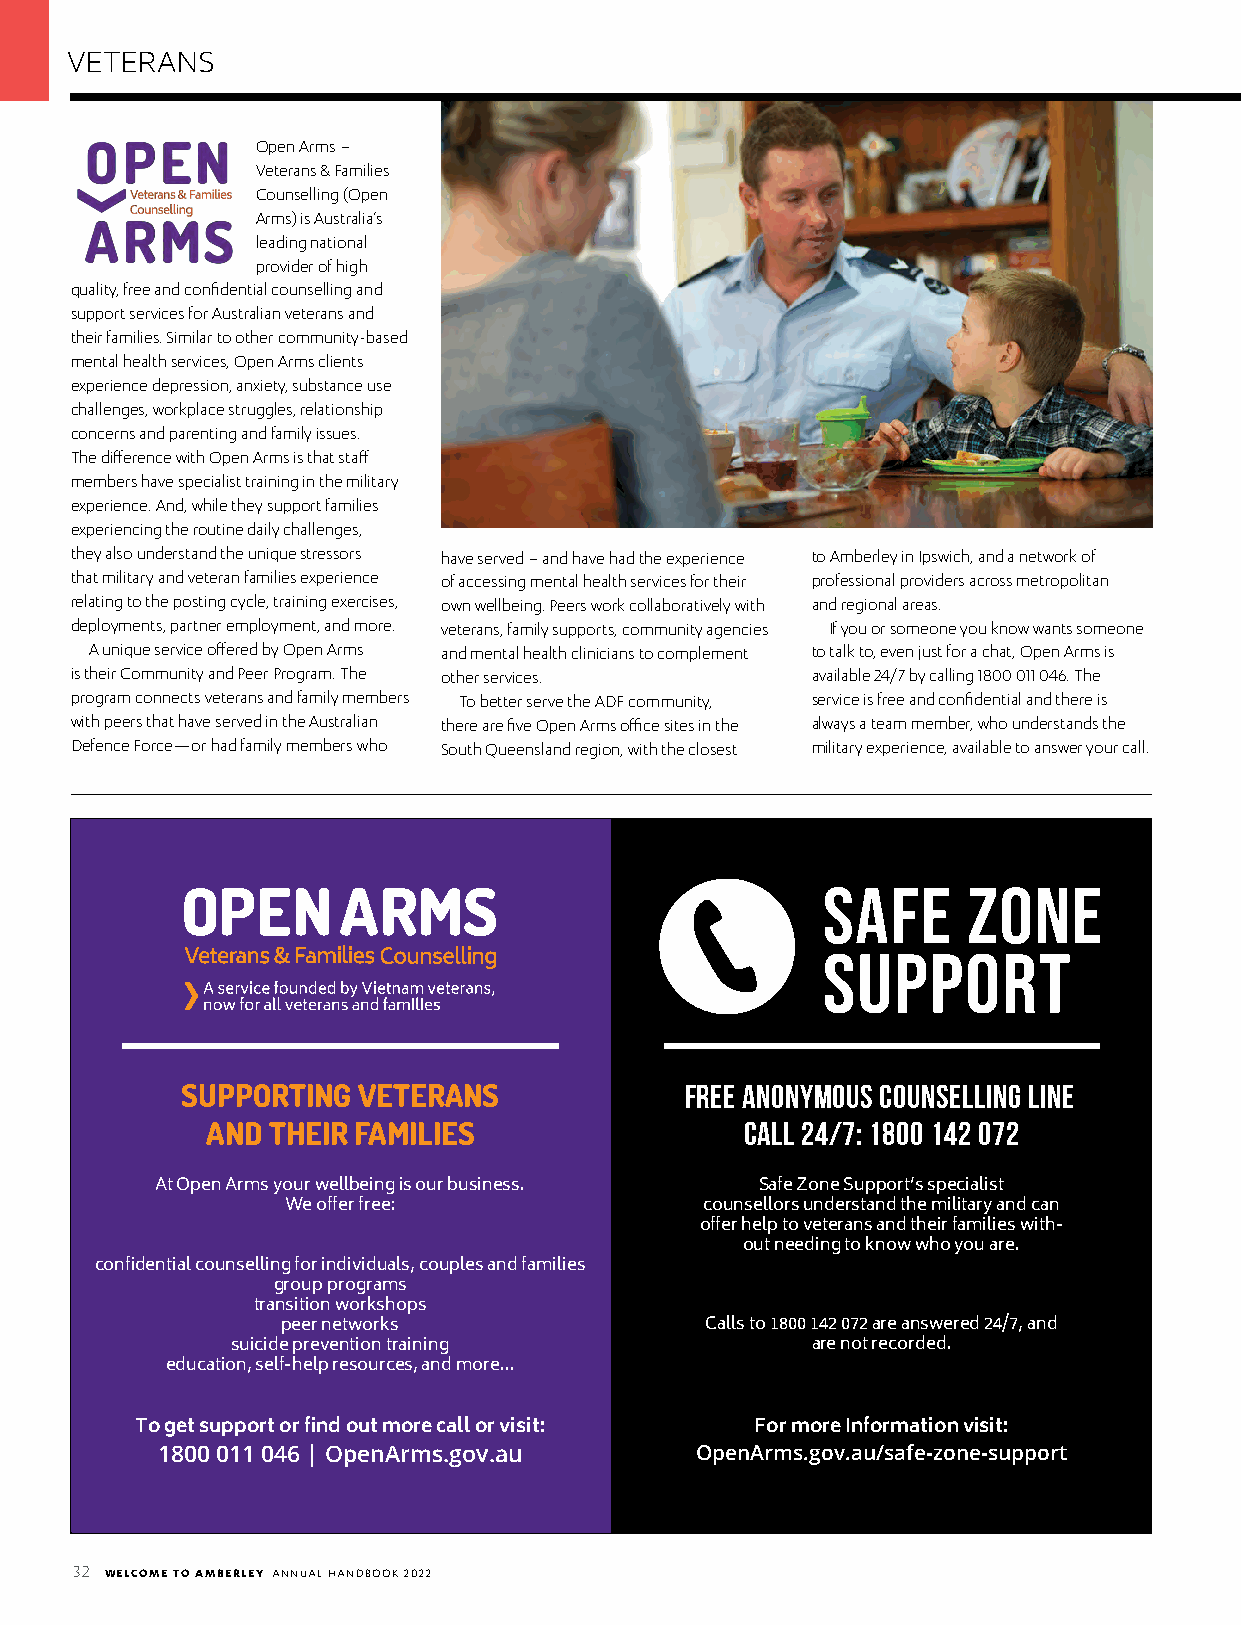
VETERANS
 Open Arms –
 Veterans & Families
 Counselling (Open
 Arms) is Australia’s
 leading national
 provider of high
 quality, free and confidential counselling and
 support services for Australian veterans and
 their families. Similar to other community-based
 mental health services, Open Arms clients
 experience depression, anxiety, substance use
 challenges, workplace struggles, relationship
 concerns and parenting and family issues.
 The difference with Open Arms is that staff
 members have specialist training in the military
 experience. And, while they support families
 experiencing the routine daily challenges,
 they also understand the unique stressors have served – and have had the experience to Amberley in Ipswich, and a network of
 that military and veteran families experience of accessing mental health services for their professional providers across metropolitan
 relating to the posting cycle, training exercises, own wellbeing. Peers work collaboratively with and regional areas.
 deployments, partner employment, and more. veterans, family supports, community agencies If you or someone you know wants someone
 A unique service offered by Open Arms and mental health clinicians to complement to talk to, even just for a chat, Open Arms is
 is their Community and Peer Program. The other services. available 24/7 by calling 1800 011 046. The
 program connects veterans and family members To better serve the ADF community, service is free and confidential and there is
 with peers that have served in the Australian there are five Open Arms office sites in the always a team member, who understands the
 Defence Force—or had family members who South Queensland region, with the closest military experience, available to answer your call.
 SAFE      ZONE
 SUPPORT
 SUPPORTING  VETERANS             FREE ANONYMOUS COUNSELLING LINE
 AND THEIR FAMILIES                 CALL 24/7: 1800 142 072
 At Open Arms your wellbeing is our business. Safe Zone Support’s specialist
 We offer free:              counsellors understand the military and can
 offer help to veterans and their families with-
 out needing to know who you are.
 confidential counselling for individuals, couples and families
 group programs
 transition workshops
 peer networks               Calls to 1800 142 072 are answered 24/7, and
 suicide prevention training            are not recorded.
 education, self-help resources, and more...
 To get support or find out more call or visit: For more Information visit:
 1800 011 046 | OpenArms.gov.au      OpenArms.gov.au/safe-zone-support
 32 WELCOME TO AMBERLEY ANNUAL HANDBOOK 2022